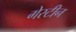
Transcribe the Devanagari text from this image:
गेस्टीन